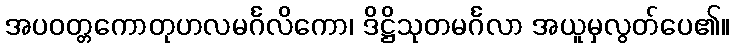
အပဝတ္တကောတုဟလမင်္ဂလိကော၊ ဒိဋ္ဌိသုတမင်္ဂလာ အယူမှလွတ်ပေ၏။